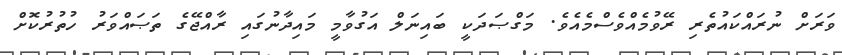
ވަރަށް ނުރައްކައުތެރި ރޭވުމެއްވެސްމެއެވެ. މަގްޞަދަކީ ބައިނަލް އަގުވާމީ މައިދާނުގައި ރާއްޖޭގެ ތަޞައްވަރު ހުތުރުކޮށް